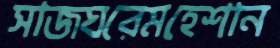
সাজঘরেমহেশান